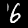
Label: 6